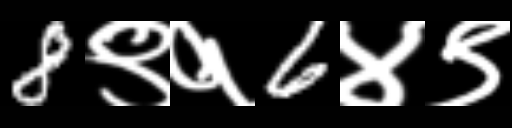
Text: 8९१6४९